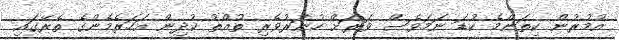
އުމުރުން ކިތަންމެ ކުޑަ ނަމަވެސް ވަރަށް ހުނަރުވެރި ތުއްތު ކުދިން އަހަރެމެންގެ ތެރޭގައި